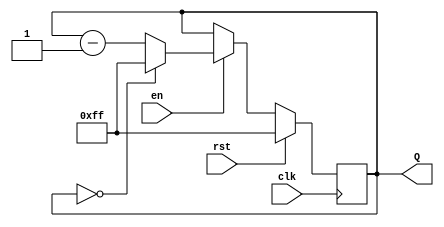
module binary_down_counter #(
    parameter MAX_VALUE = 8'd255 // Maximum value for the counter (8-bit counter)
)(
    input wire clk,               // Clock signal
    input wire rst,               // Reset signal (active high)
    input wire en,                // Enable signal
    output reg [7:0] Q            // 8-bit output count
);

    // Initialize the counter to the maximum value
    initial begin
        Q = MAX_VALUE;
    end

    // Synchronous process for counting down
    always @(posedge clk) begin
        if (rst) begin
            Q <= MAX_VALUE;        // Reset to maximum value
        end else if (en) begin
            if (Q == 8'd0) begin
                Q <= MAX_VALUE;    // Wrap around to maximum value
            end else begin
                Q <= Q - 1;        // Decrement the counter
            end
        end
    end

endmodule